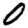
Digit: 0